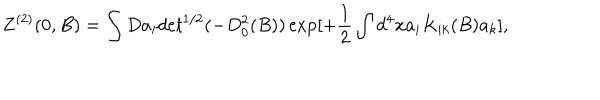
LaTeX: Z ^ { ( 2 ) } ( 0 , B ) = \int D a _ { i } d e t ^ { 1 / 2 } ( - D _ { 0 } ^ { 2 } ( B ) ) \exp [ + \frac { 1 } { 2 } \int d ^ { 4 } x a _ { i } K _ { i k } ( B ) a _ { k } ] ,